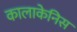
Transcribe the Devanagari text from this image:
कालाकेनिस